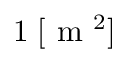
1 \; [ \mathrm { ~ m ~ } ^ { 2 } ]